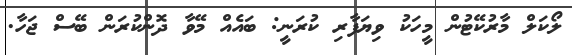
ލޯކަލް މާރުކޭޓުން މީހަކު ވިޔަފާރި ކުރަނީ: ބައެއް މޭވާ ދޮންކުރަން ބޭސް ޖަހާ.